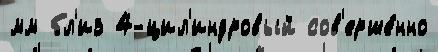
мм бл'из 4-цил'индровый сов'ерше́нно